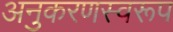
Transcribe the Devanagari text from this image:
अनुकरणस्वरूप